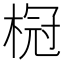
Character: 𬃧